Vaccine operations Central Provinces & Berar 1922-1929 - 1922-1929
Year: 1922
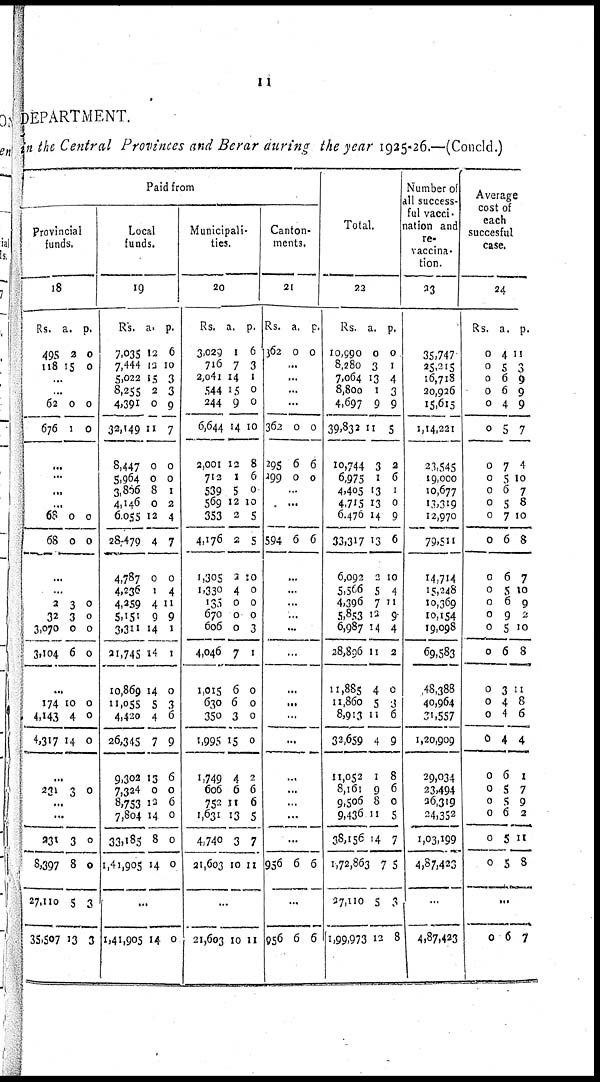
11
DEPARTMENT.
in the Central Provinces and Berar during the year 1925-26.—(Concld.)
Paid from
Provincial
funds.
18
Rs.
495
118
a.
2
15
p.
0
0
...
...
62
676
0
1
0
0
...
...
...
...
68
68
0
0
0
0
...
...
2
32
3,070
3,104
3
3
0
6
0
0
0
0
...
174
4,143
4,317
10
4
14
0
0
0
...
231 3 0
...
...
231
8,397
27,110
35,507
3
8
5
13
0
0
3
3
Local
funds.
19
Rs.
7,035
7,444
5,022
8,255
4,391
32,149
8,447
5,964
3,806
4,146
6,055
28,479
4,787
4,236
4,259
5,151
3,311
31,745
10,869
11,055
4,420
26,345
9,302
7,324
8,753
7,804
33,185
1,41,905
a.
12
13
15
2
0
11
0
0
8
0
12
4
0
1
4
9
14
14
14
5
4
7
13
0
12
14
8
14
p.
6
10
3
3
9
7
0
0
1
2
4
7
0
4
11
9
1
1
0
3
6
9
6
0
6
0
0
0
...
1,41,905 14 0
Municipali-
ties.
20
Rs.
3,029
716
2,041
544
244
6,644
2,001
712
539
569
353
4,176
1,305
1,330
135
670
606
4,046
1,015
630
350
1,995
1,749
606
752
1,631
4,740
21,603
a.
1
7
14
15
9
14
12
1
5
12
2
2
2
4
0
0
0
7
6
6
3
15
4
6
11
13
3
10
p.
6
3
1
0
0
10
8
6
0
10
5
5
10
0
0
0
3
1
0
0
0
0
2
6
6
5
7
11
...
21,603 10 11
Canton-
ments.
21
Rs.
362
a.
0
p.
0
...
...
...
...
362
295
299
0
6
0
0
6
0
...
...
...
594 6 6
...
...
...
...
...
...
...
...
...
...
...
...
...
...
...
956 6 6
...
956 6 6
Total.
22
Rs.
10,990
8,280
7,064
8,800
4,697
39,832
10,744
6,975
4,405
4,715
6,476
33,317
6,092
5,566
4,396
5,853
6,987
28,896
11,885
11,860
8,913
33,659
11,052
8,161
9,506
9,436
38,156
1,72,863
27,110
1,99,973
a.
0
3
13
1
9
11
3
1
13
13
14
13
2
5
7
12
14
11
4
5
11
4
1
9
8
11
14
7
5
12
p.
0
1
4
3
9
5
2
6
1
0
9
6
10
4
11
9
4
2
0
3
6
9
8
6
0
5
7
5
3
8
Number of
all success-
ful vacci-
nation and
re-
vaccina-
tion.
23
35,747
25,215
16,718
20,926
15,615
1,14,221
21,545
19,000
10,677
13,319
12,970
79,511
14,714
15,248
10,369
10,154
19,098
69,583
48,388
40,964
31,557
1,20,909
29,034
23,494
36,319
24,352
1,03,199
4,87,423
...
4,87,423
Average
cost of
each
succesful
case.
24
Rs.
0
0
0
0
0
0
0
0
0
0
0
0
0
0
0
0
0
0
0
0
0
0
0
0
0
0
0
0
a.
4
5
6
6
4
5
7
5
6
5
7
6
6
5
6
9
5
6
3
4
4
4
6
5
5
6
5
5
p.
11
3
9
9
9
7
4
10
7
8
10
8
7
10
9
2
10
8
11
8
6
4
1
7
9
2
11
8
...
0 6 7